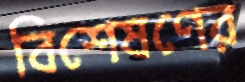
বিশেষণের